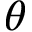
\boldsymbol { \theta }